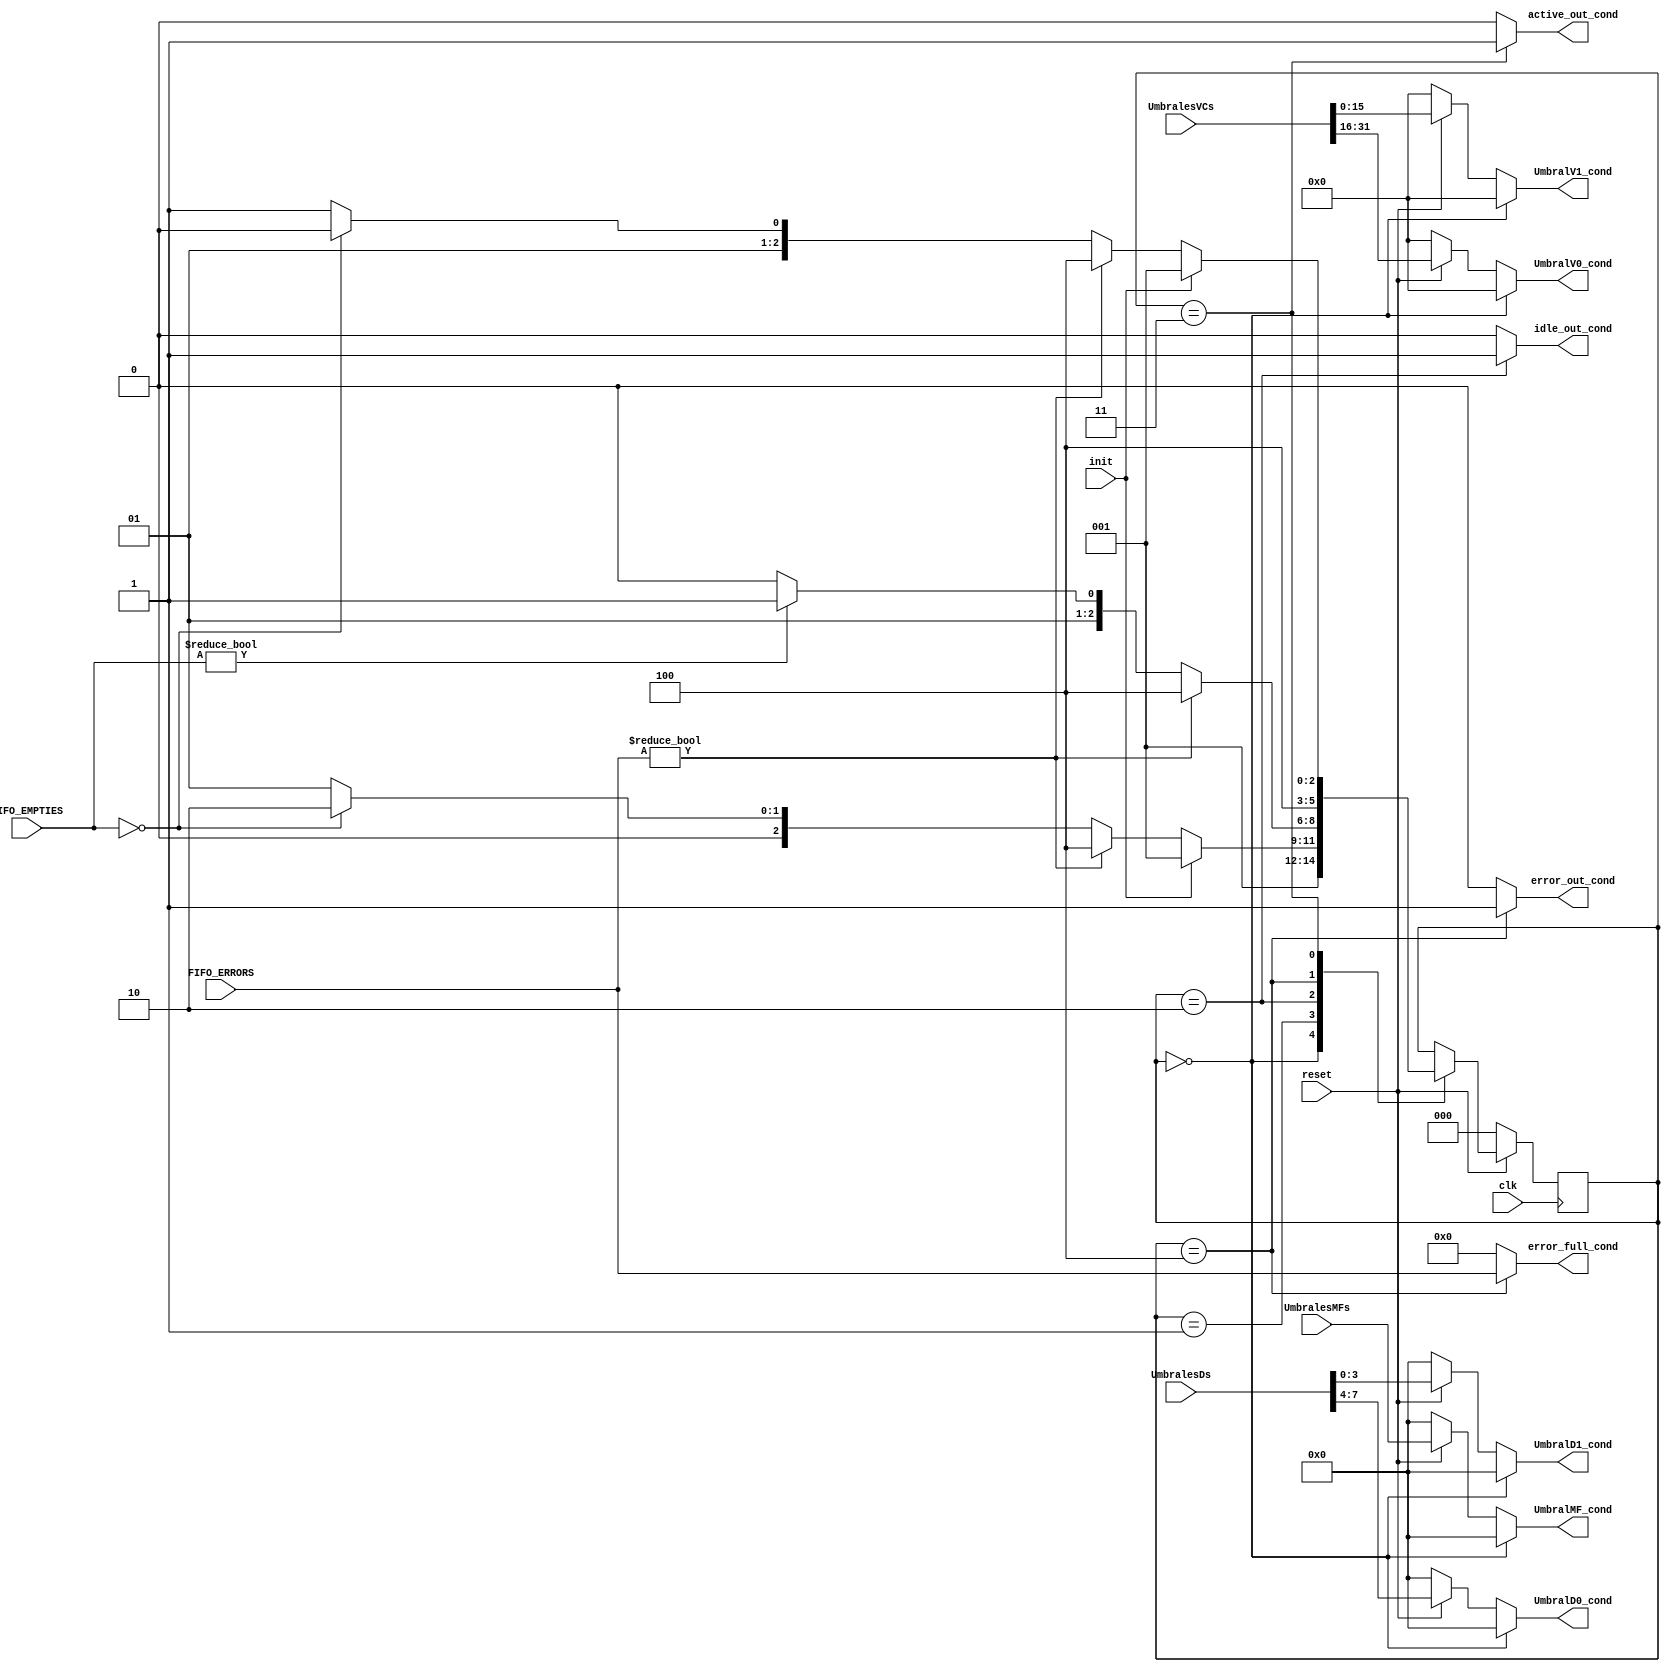
module maquina_estados_cond
   (//ENTRADAS   
    input clk,
    input init,
    input [3:0] UmbralesMFs,
    input [31:0] UmbralesVCs,
    input [7:0] UmbralesDs,
	input reset,
	input [4:0] FIFO_EMPTIES,
    input [4:0] FIFO_ERRORS,
    //SALIDAS
	output reg error_out_cond,
    output reg active_out_cond,
    output reg idle_out_cond,
    output reg [3:0] UmbralMF_cond,
    output reg [15:0] UmbralV0_cond,
    output reg [15:0] UmbralV1_cond,
    output reg [3:0] UmbralD0_cond,
    output reg [3:0] UmbralD1_cond,
    output reg [4:0] error_full_cond);






//Maquinas de estados


reg [2:0] estado;
reg [2:0] estado_prox;
reg [3:0] UmbralMF;
reg [15:0] UmbralV0;
reg [15:0] UmbralV1;
reg [3:0] UmbralD0;
reg [3:0] UmbralD1;
parameter RESET = 0;
parameter INIT = 1;
parameter IDLE = 2;
parameter ACTIVE = 3;
parameter ERROR = 4;






always @(posedge clk) begin
    if(reset==0) begin
        estado <= RESET;
    end
    else begin 
        estado<=estado_prox;
    end
end

always @(*) begin
    estado_prox=estado;
    error_out_cond=0;
    active_out_cond=0;
    idle_out_cond=0;
    error_full_cond=0;
    UmbralMF=UmbralesMFs;
    UmbralV0=UmbralesVCs[31:16];
    UmbralV1=UmbralesVCs[15:0];
    UmbralD0=UmbralesDs[7:4];
    UmbralD1=UmbralesDs[3:0];
    if(reset==0)begin
    UmbralMF_cond=0;
    UmbralV0_cond=0;
    UmbralV1_cond=0;
    UmbralD0_cond=0;
    UmbralD1_cond=0;
    end else begin
    UmbralMF_cond=UmbralMF;
    UmbralV0_cond=UmbralV0;
    UmbralV1_cond=UmbralV1;
    UmbralD0_cond=UmbralD0;
    UmbralD1_cond=UmbralD1;
    end
    case (estado)
        RESET: begin
            active_out_cond=0;
            error_out_cond=0;
            idle_out_cond=0;
            error_full_cond=0;
            UmbralMF_cond=0;
            UmbralV0_cond=0;
            UmbralV1_cond=0;
            UmbralD0_cond=0;
            UmbralD1_cond=0;
            if(reset==0)begin
                if(init==1)
                estado_prox=INIT;
            end else
                estado_prox=INIT;
        end
        INIT: begin
            error_out_cond=0;
            idle_out_cond=0;
            active_out_cond=0;
            error_full_cond=0;
            UmbralMF=UmbralesMFs;
            UmbralV0=UmbralesVCs[31:16];
            UmbralV1=UmbralesVCs[15:0];
            UmbralD0=UmbralesDs[7:4];
            UmbralD1=UmbralesDs[3:0];
            if(reset==0)
                estado_prox=RESET;
            else if(init==1)
                estado_prox=INIT;
            else if(FIFO_ERRORS!=4'b0)
                estado_prox=ERROR;
            else if(FIFO_EMPTIES==4'b0)
                estado_prox= IDLE;
            else
                estado_prox = INIT;
        end
        IDLE: begin
            error_out_cond=0;
            idle_out_cond=1;
            active_out_cond=0;
            error_full_cond=0;
            if(reset==0)
                estado_prox=RESET;
            else if(FIFO_ERRORS!=4'b0)
                estado_prox=ERROR;
            else if(FIFO_EMPTIES!=4'b0)
                estado_prox=ACTIVE;
            else
                estado_prox=IDLE;
        end

        ERROR: begin
            idle_out_cond=0;
            error_out_cond=1;
            active_out_cond=0;
            error_full_cond= FIFO_ERRORS;
            if(reset==0)
                estado_prox=RESET;
            else 
                estado_prox=ERROR;
           
        end

        ACTIVE: begin
            error_out_cond=0;
            idle_out_cond=0;
            active_out_cond=1;
            if(reset==0)
                estado_prox=RESET;
            else if(init==1)
                estado_prox=INIT;
            else if(FIFO_ERRORS!=4'b0)
                estado_prox=ERROR;
            else if(FIFO_EMPTIES==4'b0)
                estado_prox= IDLE;
            else
                estado_prox=ACTIVE;
        
        end
    
    endcase

end

endmodule